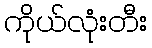
ကိုယ်လုံးတီး